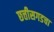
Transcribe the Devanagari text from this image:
छत्तीसगडचा